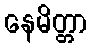
နေမိတ္တာ